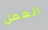
العمل